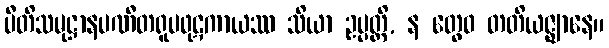
ပီတိသမုဋ္ဌာနပဏီတရူပဖုဋကာယဿ သိယာ ဥပ္ပတ္တိ, န တွေဝ တတိယဇ္ဈာနေ။